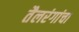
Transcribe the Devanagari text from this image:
तैलरंगांचा